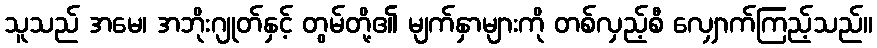
သူသည် အမေ၊ အဘိုးဂျုတ်နှင့် တွမ်တို့၏ မျက်နှာများကို တစ်လှည့်စီ လျှောက်ကြည့်သည်။